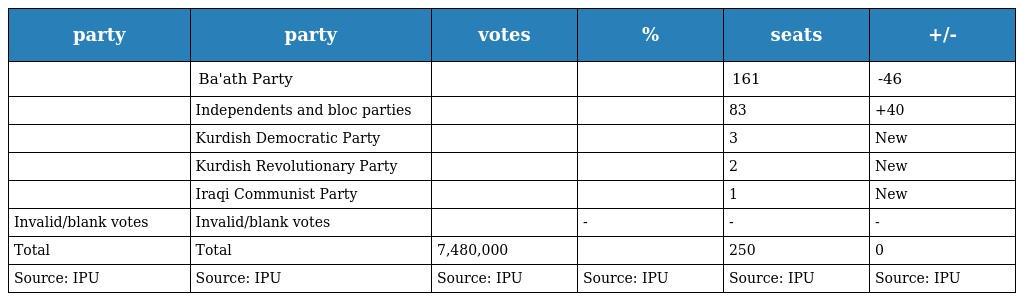
| party | party | votes | % | seats | +/- |
 | --- | --- | --- | --- | --- | --- |
 |  | Ba'ath Party |  |  | 161 | -46 |
 |  | Independents and bloc parties |  |  | 83 | +40 |
 |  | Kurdish Democratic Party |  |  | 3 | New |
 |  | Kurdish Revolutionary Party |  |  | 2 | New |
 |  | Iraqi Communist Party |  |  | 1 | New |
 | Invalid/blank votes | Invalid/blank votes |  | - | - | - |
 | Total | Total | 7,480,000 |  | 250 | 0 |
 | Source: IPU | Source: IPU | Source: IPU | Source: IPU | Source: IPU | Source: IPU |